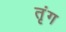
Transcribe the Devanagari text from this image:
तृंग